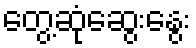
တွေ့ဆုံဆွေးနွေး